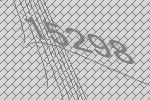
15298